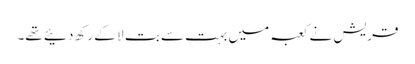
قریش نے کعبہ میں بہت سے بت لا کے رکھ دئیے تھے۔